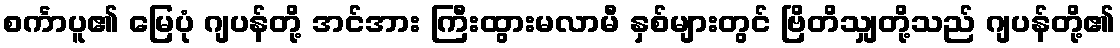
စင်္ကာပူ၏ မြေပုံ ဂျပန်တို့ အင်အား ကြီးထွားမလာမီ နှစ်များတွင် ဗြိတိသျှတို့သည် ဂျပန်တို့၏